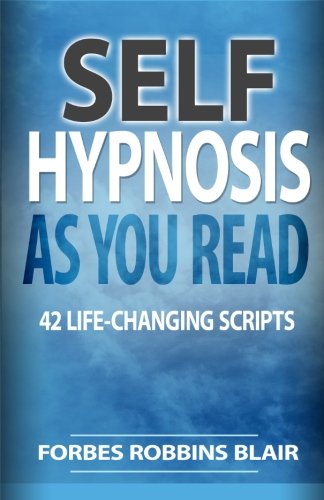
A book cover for Self Hypnosis As You Read: 42 Life-Changing Scripts!; Forbes Robbins Blair; Self-Help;